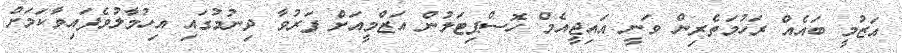
އަޒުމީ ބައެއް ރަހުމަތެރިން ވަނީ އައިޖީއެމް ހޮސްޕިޓަލުން އަޒްމީއަށް ފަރުވާ ދިނުމުގައި އިހުމާލުވެފައިވާކަމަށް